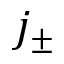
j _ { \pm }